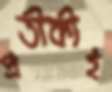
প্রতীকীই